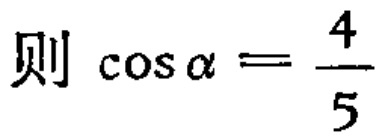
则\(\cos\alpha = \frac{4}{5}\)